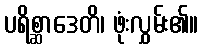
ပရိစ္ဆာဒေတိ၊ ဖုံးလွှမ်း၏။